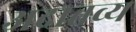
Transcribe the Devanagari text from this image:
अदातव्य